Annual statistical returns and brief notes on vaccination in Bengal - 1887-1898
Year: 1887
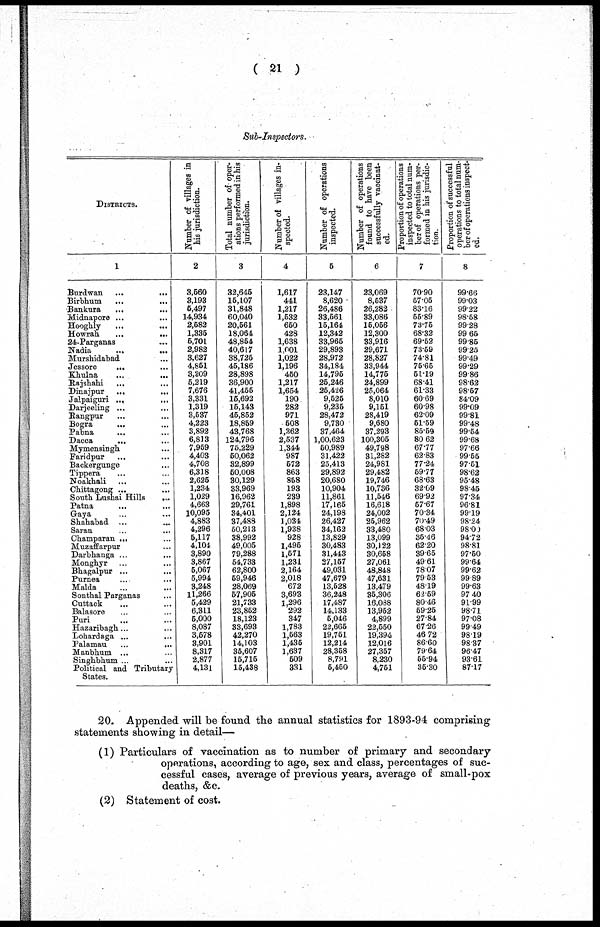
( 21 )
Sub-Inspectors.
DISTRICTS.
1
Burdwan
...
...
Birbhum
... ...
Bankura ... ...
Midnapore ... ...
Hoogbly ... ...
Howran
...
...
24-Parganas ...
Nadia
...
...
Murshidabad ...
Jessore
...
...
Khulna
...
...
Rajsbabi
...
...
Dinajpur
...
...
Jalpaiguri ...
...
Darjeeling ... ...
Rangpur ... ...
Bogra
... ...
Pabna ... ...
Dacca
Mymensingh ...
Faridpur ... ...
Backergunge ...
Tippera ... ...
Noakhali ... ...
Chittagong ...
...
South Lushai Hills ...
Patna ... ...
Gaya ... ...
Shababad ... ...
Saran ... ...
Champaran ... ...
Muzaffarpur ...
Darbhanga ... ...
Monghyr ... ...
Bhagalpur ... ...
Purnea ... ...
Malda
...
...
Sontbal Parganas ...
Cuttack ... ...
Balasore ... ....
Puri ... ...
Hazaribagh... ...
Lohardaga ...
...
Palamau
...
...
Manbhum ... ...
Singhbhum ... ...
Political and Tributary
States.
Number of villages in
his jurisdiction.
2
3,660
3,193
6,497
14,934
2,682
1,336
5,701
2,982
3,627
4,861
3,209
6,219
7,676
3,331
1,319
3,637
4,223
3,892
6,813
7,959
4,403
4,708
6,318
2,626
1,234
1,029
4,663
10,095
4,883
4,296
6,117
4,104
3,890
3,867
6,067
5,994
3,248
11,266
5,429
6,311
6,000
8,087
3,678
3,901
8,317
2,877
4,131
Total number of-oper-
ations performed in his
jurisdiction.
3
32,645
15,107
31,848
60,040
20,561
18,064
48,854
40,617
38,725
45,186
28,898
36,900
41,455
16,692
15,143
45,852
18,859
43,768
124,796
75,229
60,062
32,899
60,008
30,129
33,969
16,962
29,761
34,401
37,488
50,213
38,992
49,005
79,288
54,733
62,800
69,946
28,069
67,906
21,733
23,852
18,123
33,693
42,270
14,103
35,607
15,715
15,438
Number of villages in-
spected.
4
1,617
441
1,217
1,532
650
428
1,638
1,001
1,022
1,196
450
1,217
1,654
190
282
971
608
1,362
2,537
1,344
987
672
863
858
193
239
1,898
2,124
1,034
1,938
928
1,495
1,571
1,231
2,164
2,018
672
3,693
1,296
292
347
1,783
1,663
1,436
1,637
509
331
Number of operations
inspected.
6
23,147
8,620
26,486
33,561
16,164
12,342
33,965
29,893
28,972
34,184
14,795
25,246
25,426
9,525
9,235
28,472
9,730
37,464
1,00,623
60,989
31,422
25,413
29,892
20,680
10,904
11,861
17,166
24,198
26,427
34,162
13,829
30,483
31,443
27,157
49,031
47,679
13,528
36,248
17,487
14,133
6,046
22,665
19,751
12,214
28,358
8,791
6,460
Number of operations
found to have been
successfully vaccinat-
ed.
6
23,069
8,637
26,282
33,086
15,056
12,300
33,916
29,671
28,827
33,944
14,775
24,899
25,064
8,010
9,151
28,419
9,680
37,293
100,305
49,798
31,282
24,981
29,482
19,746
10,736
11,546
16,618
24,002
25,962
33,480
13,099
30,122
30,658
27,061
48,848
47,631
13,479
35,306
16,088
13,952
4,899
22,550
19,394
12,016
27,357
8,230
4,751
Proportion of operations
inspected to total num-
ber of operations per-
formed in his jurisdic-
tion.
7
7090
57.06
83.16
65-89
73.75
68.32
69.52
73.59
74.81
75.65
51.19
68.41
61.33
6069
60-98
6209
51.59
85-59
80 62
67.77
62-83
77.24
59.77
68-63
3209
6992
57.67
70.34
70.49
6803
35.46
62.20
39.65
49-61
7807
79.53
4819
62.59
80-46
59.25
27.84
67 26
46 72
86.60
79.64
55.94
35.30
Proportion of successful
operations to total num-
ber of operations inspect-
ed.
8
99.66
99.03
99.22
98.58
99-28
99 65
99-85
99-25
99.49
99.29
99-86
98.62
98.57
84.09
99.09
99.81
99-48
99.54
99.68
9766
99.55
97.51
98.62
95-48
98-45
97.34
9681
9919
98-24
98.00
94.72
98.81
97.50
99.64
99-62
9989
99.63
97 40
91.99
98.71
97.08
99-49
9819
9837
96.47
9361
8717
20. Appended will be found the annual statistics for 1893-94 comprising
statements showing in detail—
(1) Particulars of vaccination as to number of primary and secondary
operations, according to age, sex and class, percentages of suc-
cessful cases, average of previous years, average of small-pox
deaths, &c.
(2) Statement of cost.